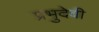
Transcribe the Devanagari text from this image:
प्रभुदेवी